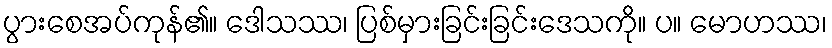
ပွားစေအပ်ကုန်၏။ ဒေါသဿ၊ ပြစ်မှားခြင်းခြင်းဒေသကို။ ပ။ မောဟဿ၊